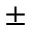
^ \pm